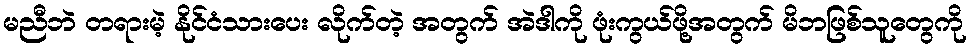
မညီဘဲ တရားမဲ့ နိုင်ငံသားပေး လိုက်တဲ့ အတွက် အဲဒါကို ဖုံးကွယ်ဖို့အတွက် မိဘဖြစ်သူတွေကို